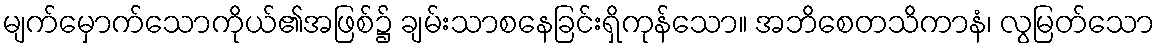
မျက်မှောက်သောကိုယ်၏အဖြစ်၌ ချမ်းသာစနေခြင်းရှိကုန်သော။ အဘိစေတသိကာနံ၊ လွမြတ်သော